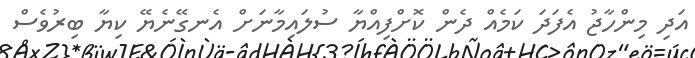
އަދި މިންހާޖު އެފަދަ ކަމެއް ދެން ކޮށްފިއްޔާ ސުލައިމާނަށް އެނގޭނެޔޭ ކިޔާ ބިރުވެސް